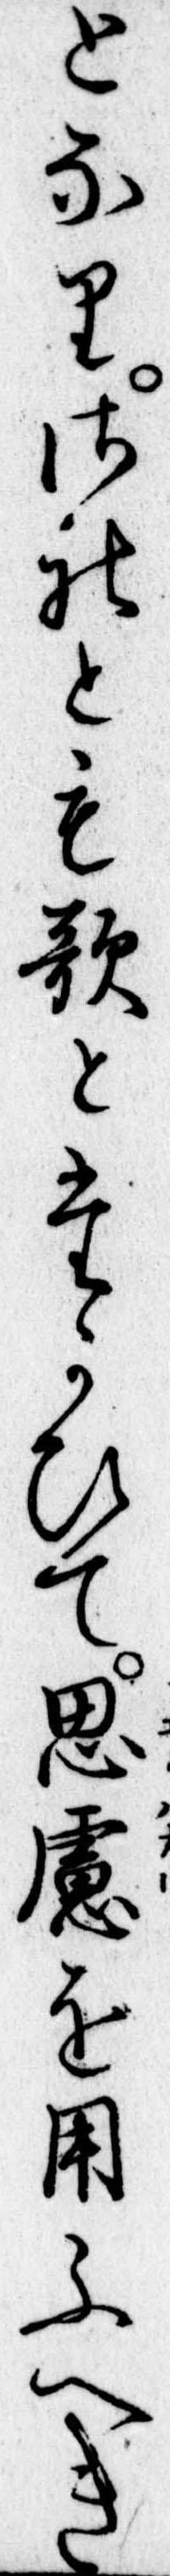
となりされとも歌とたかひて思慮を用ふへき